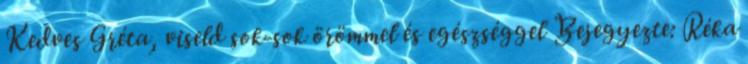
Kedves Gréta, viseld sok-sok örömmel és egészséggel Bejegyezte: Réka